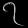
Digit: ၇